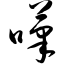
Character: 叹